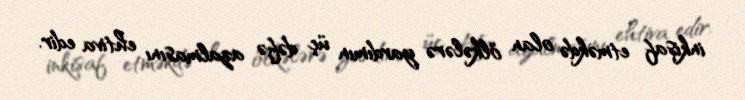
inkişaf etməkdə olan ölkələrə yardımın üç dəfə azalmasını ehtiva edir.